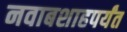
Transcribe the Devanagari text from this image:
नवाबशाहपर्यंत